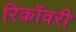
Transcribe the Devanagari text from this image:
रिकॉवरी